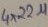
Text: 4x22µ